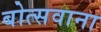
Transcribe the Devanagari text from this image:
बोत्‍सवाना